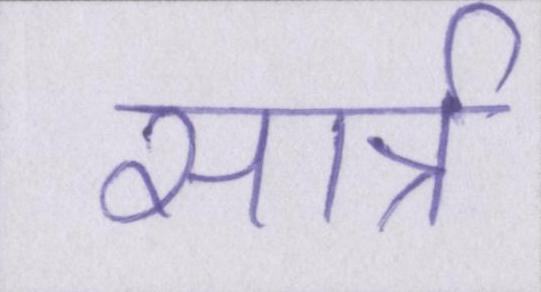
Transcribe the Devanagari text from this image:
सार्त्र